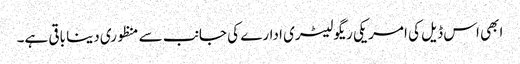
ابھی اس ڈیل کی امریکی ریگولیٹری ادارے کی جانب سے منظوری دینا باقی ہے۔